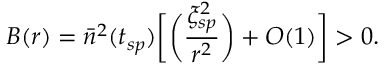
B ( r ) = { \bar { n } } ^ { 2 } ( t _ { s p } ) \biggl [ \biggl ( \frac { \xi _ { s p } ^ { 2 } } { r ^ { 2 } } \biggr ) + O ( 1 ) \biggr ] > 0 .